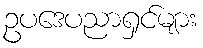
ဥပဒေပညာရှင်များ